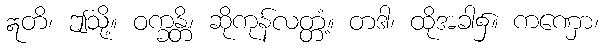
ဣတိ၊ ဤသို့။ ဝက္ခန္တိ၊ ဆိုကုန်လတ္တံ့။ တဒါ၊ ထိုအခါ၌။ ကဏှော၊